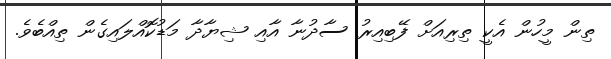
ތިން މީހުން އެކީ ތިރިއަށް ފޭބިއިރު ސާދުނާ އާއި ޝިޔާދާ މަޑުކޮއްލައިގެން ތިއްބެވެ.